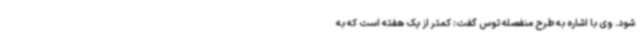
شود. وی با اشاره به طرح منفصله توس گفت: کمتر از یک هفته است که به